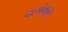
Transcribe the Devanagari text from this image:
दलांकडून